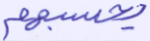
يحسبهم